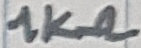
Text: 1KΩ